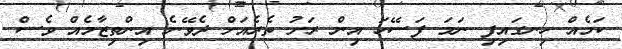
ކަމެއް ހިނގައިފި ނަމަ ފަސޭހަ އިން ރަށު ތެރެއަށް ދެވޭނެ އިންތިޒާމެއް ވެސް